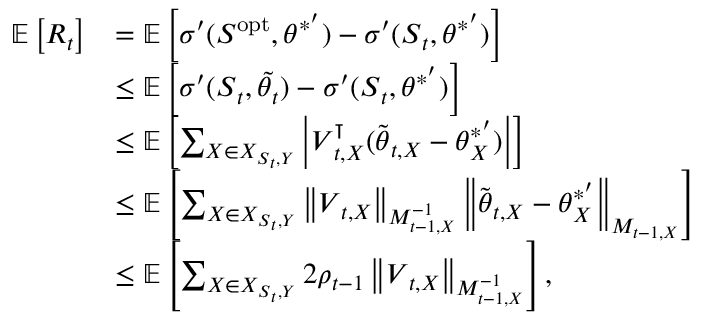
\begin{array} { r l } { \mathbb { E } \left[ R _ { t } \right] } & { = \mathbb { E } \left[ \sigma ^ { \prime } ( \boldsymbol { S } ^ { \mathrm { o p t } } , \boldsymbol { \theta } ^ { * ^ { \prime } } ) - \sigma ^ { \prime } ( \boldsymbol { S } _ { t } , \boldsymbol { \theta } ^ { * ^ { \prime } } ) \right] } \\ & { \leq \mathbb { E } \left[ \sigma ^ { \prime } ( \boldsymbol { S } _ { t } , \tilde { \boldsymbol { \theta } _ { t } } ) - \sigma ^ { \prime } ( \boldsymbol { S } _ { t } , \boldsymbol { \theta } ^ { * ^ { \prime } } ) \right] } \\ & { \leq \mathbb { E } \left[ \sum _ { X \in \boldsymbol { X } _ { \boldsymbol { S } _ { t } , Y } } \left| \boldsymbol { V } _ { t , X } ^ { \intercal } ( \tilde { \boldsymbol { \theta } } _ { t , X } - \boldsymbol { \theta } _ { X } ^ { * ^ { \prime } } ) \right| \right] } \\ & { \leq \mathbb { E } \left[ \sum _ { X \in \boldsymbol { X } _ { \boldsymbol { S } _ { t } , Y } } \left\| \boldsymbol { V } _ { t , X } \right\| _ { M _ { t - 1 , X } ^ { - 1 } } \left\| \tilde { \boldsymbol { \theta } } _ { t , X } - \boldsymbol { \theta } _ { X } ^ { * ^ { \prime } } \right\| _ { M _ { t - 1 , X } } \right] } \\ & { \leq \mathbb { E } \left[ \sum _ { X \in \boldsymbol { X } _ { \boldsymbol { S } _ { t } , Y } } 2 \rho _ { t - 1 } \left\| \boldsymbol { V } _ { t , X } \right\| _ { M _ { t - 1 , X } ^ { - 1 } } \right] , } \end{array}